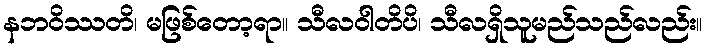
နဘဝိဿတိ၊ မဖြစ်တော့ရာ။ သီလဝါတိပိ၊ သီလရှိသူမည်သည်လည်း။